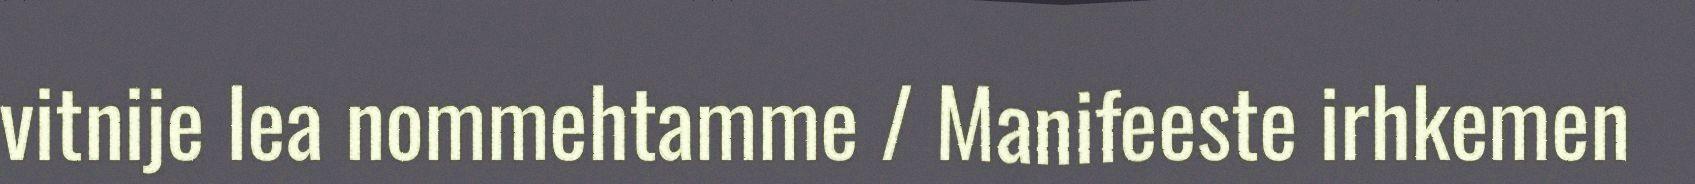
vitnije lea nommehtamme / Manifeeste irhkemen